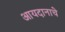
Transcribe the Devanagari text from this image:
आयदानाचे